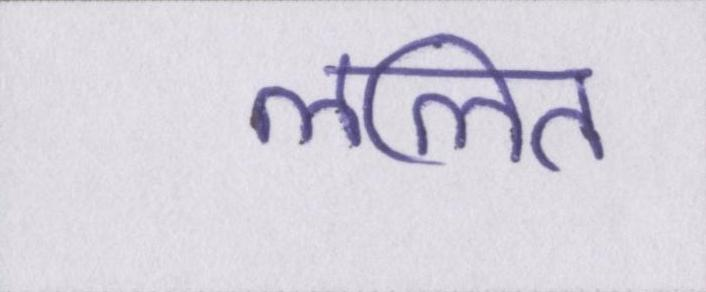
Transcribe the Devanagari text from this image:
ललित